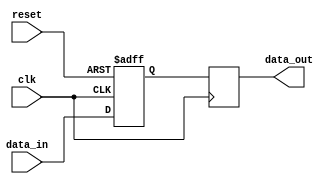
module Buffer_Delay (
    input wire clk,
    input wire reset,
    input wire [7:0] data_in,
    output reg [7:0] data_out
);

// Adjustable delay parameter
parameter DELAY = 10; // Adjust delay amount as needed

reg [7:0] buffer;

always @(posedge clk or posedge reset) begin
    if (reset) begin
        buffer <= 8'b0;
    end else begin
        buffer <= data_in;
    end
end

always @(posedge clk) begin
    if (DELAY == 0) begin
        data_out <= buffer;
    end else begin
        data_out <= #DELAY buffer;
    end
end

endmodule